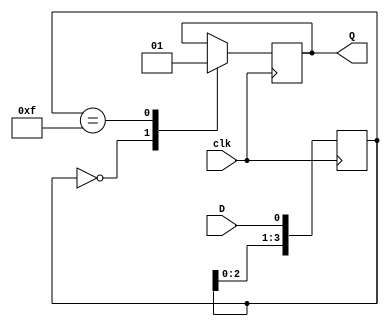
// --------------------------------------------------------------------------
// Sync switch debouncer
// --------------------------------------------------------------------------
module digital_filter(
   input clk,
   input D,
   output reg Q);

   reg[3:0] dfilter4;
   localparam valid0 = 4'b0000, valid1 = 4'b1111;

   always @(posedge clk)
   begin
      dfilter4 <= {dfilter4[2:0], D};
      case(dfilter4)
         valid0: Q <= 0;
         valid1: Q <= 1;
         default: Q <= Q; // hold value
      endcase
   end
endmodule